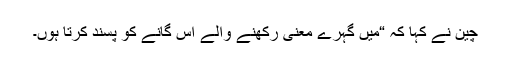
چین نے کہا کہ “میں گہرے معنی رکھنے والے اس گانے کو پسند کرتا ہوں۔